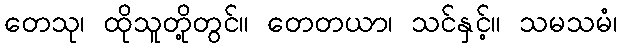
တေသု၊ ထိုသူတို့တွင်။ တေတယာ၊ သင်နှင့်။ သမသမံ၊